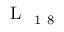
\mathrm { ~ L ~ } _ { \mathrm { ~ 1 ~ 8 ~ } }